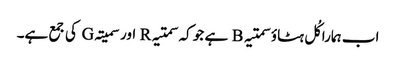
اب ہمارا کُل ہٹاؤ سمتیہ B ہے جو کہ سمتیہ R اور سمیتہ G کی جمع ہے۔